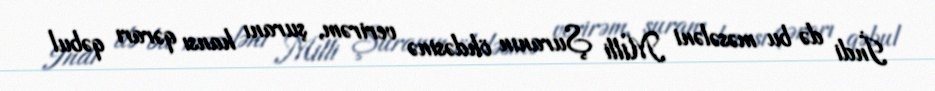
İndi də bu məsələni Milli Şuranın öhdəsinə verirəm, şuranı hansı qərarı qəbul